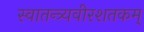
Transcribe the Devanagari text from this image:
स्वातन्त्र्यवीरशतकम्